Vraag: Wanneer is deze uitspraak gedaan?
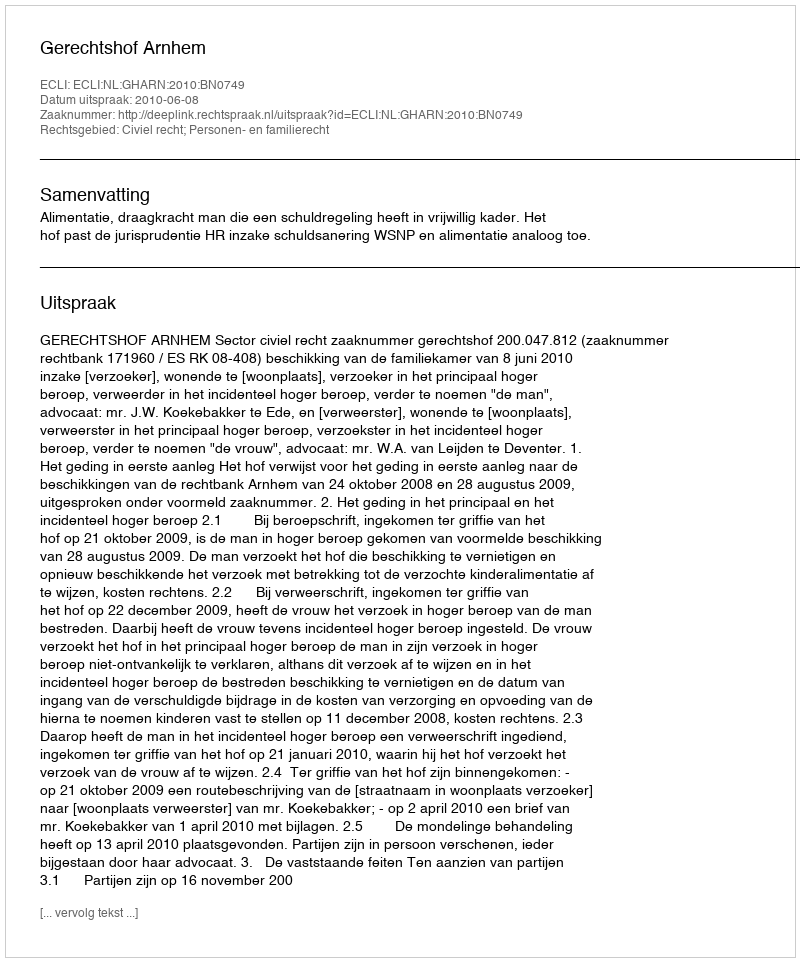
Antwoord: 2010-06-08